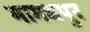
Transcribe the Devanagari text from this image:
मागधपुर